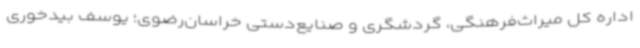
اداره کل میراث‌فرهنگی، گردشگری و صنایع‌دستی خراسان‌رضوی؛ یوسف بیدخوری